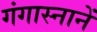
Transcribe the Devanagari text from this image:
गंगास्नानें